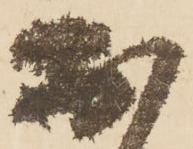
於